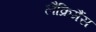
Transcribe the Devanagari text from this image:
लैक्रिमैंस